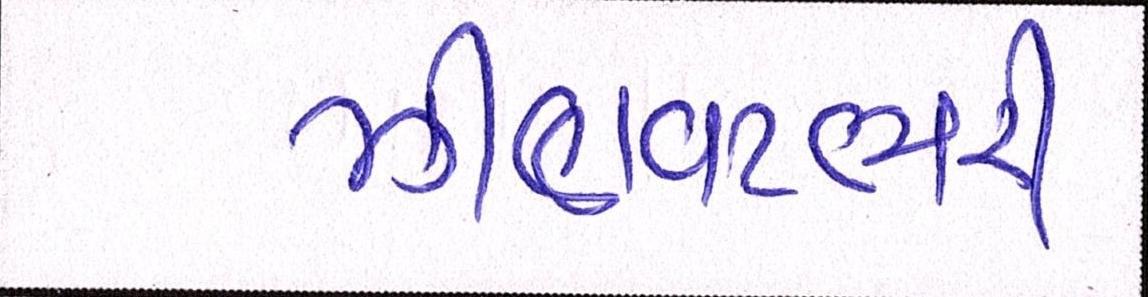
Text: ઝીણવટભરી